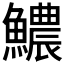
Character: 𩼅